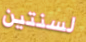
لسنتين